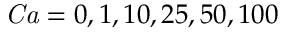
\mathit { C a } = 0 , 1 , 1 0 , 2 5 , 5 0 , 1 0 0